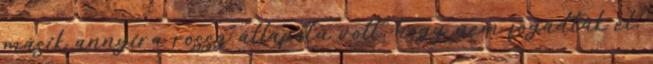
másik annyira rossz állapotú volt, hogy nem fogadták el,